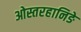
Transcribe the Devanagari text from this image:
ओस्तरहानिङे